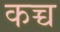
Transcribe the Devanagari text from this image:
कच्च